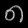
Digit: ၈